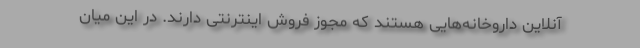
آنلاین داروخانه‌هایی هستند که مجوز فروش اینترنتی دارند. در این میان